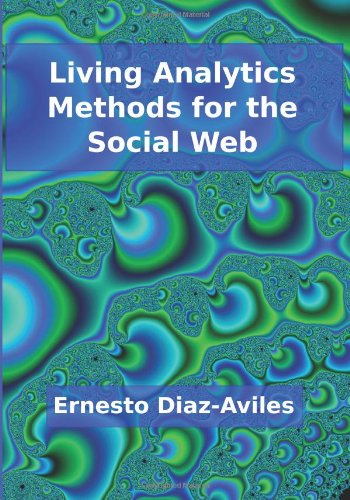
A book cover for Living Analytics Methods for the Social Web; Ernesto Diaz-Aviles; Computers & Technology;